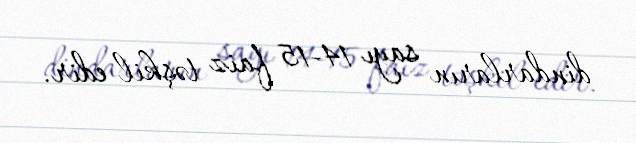
dindarların sayı 14-15 faiz təşkil edir.